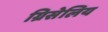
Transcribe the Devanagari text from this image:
ग्रिसेलिय